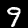
Digit: 9